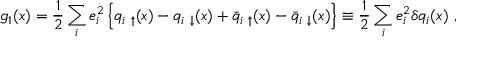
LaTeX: g _ { 1 } ( x ) = \frac { 1 } { 2 } \sum _ { i } e _ { i } ^ { 2 } \left\{ q _ { i ~ \uparrow } ( x ) - q _ { i ~ \downarrow } ( x ) + \bar { q } _ { i ~ \uparrow } ( x ) - \bar { q } _ { i ~ \downarrow } ( x ) \right\} \equiv \frac { 1 } { 2 } \sum _ { i } e _ { i } ^ { 2 } \delta q _ { i } ( x ) ~ ,